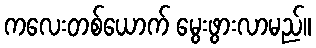
ကလေးတစ်ယောက် မွေးဖွားလာမည်။